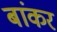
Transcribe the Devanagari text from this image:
बांकर